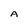
Character: A